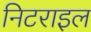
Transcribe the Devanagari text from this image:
निटराइल